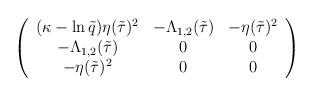
LaTeX: \begin{align*}\left(\begin{array}{ccc}(\kappa-\ln\tilde q)\eta(\tilde\tau)^2&-\Lambda_{1,2}(\tilde\tau)&-\eta(\tilde\tau)^2\\-\Lambda_{1,2}(\tilde\tau)&0&0\\-\eta(\tilde\tau)^2&0&0\end{array}\right)\end{align*}